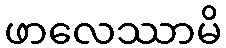
ဖာလေဿာမိ